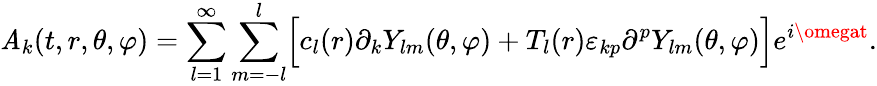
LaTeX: \mathit{A}_{k}(t,r,\theta,\varphi)=\sum_{l=1}^{\infty}\sum_{m=-l}^{l}\Bigr[c_{l}(r)\partial_{k}Y_{lm}(\theta,\varphi)+T_{l}(r)\varepsilon_{kp}\partial^{p}Y_{lm}(\theta,\varphi)\Bigr]e^{i\omegat}.